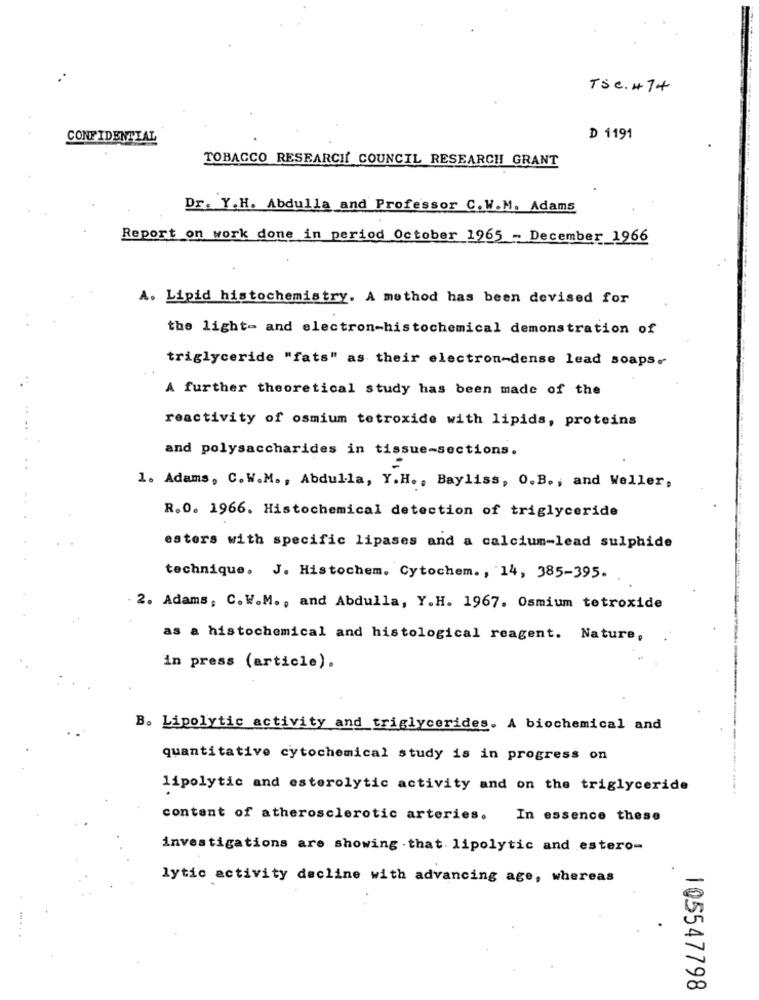
TSC. 47+
CONFIDENTIAL
D 1191
TOBACCO RESEARCH COUNCIL RESEARCH GRANT
Dr. Y.H. Abdulla and Professor C.W.M. Adams
Report on work done in period October 1965 - December 1966
A. Lipid histochemistry. A method has been devised for
the light- and electron-histochemical demonstration of
triglyceride "fats" as their electron-dense lead soaps.
A further theoretical study has been made of the
reactivity of osmium tetroxide with lipids, proteins
and polysaccharides in tissue-sections.
1. Adams, C.W.M ., Abdulla, Y.H ., Bayliss, O. B ., and Weller,
R.O. 1966. Histochemical detection of triglyceride
esters with specific lipases and a calcium-lead sulphide
technique, J. Histochem. Cytochem. , 14, 385-395.
- 2. Adams, C.W.M ., and Abdulla, Y.H. 1967. Osmium tetroxide
as a histochemical and histological reagent. Nature,
in press (article).
B. Lipolytic activity and triglycerides. A biochemical and
quantitative cytochemical study is in progress on
lipolytic and esterolytic activity and on the triglyceride
content of atherosclerotic arteries. In essence these
investigations are showing . that. lipolytic and estero-
lytic activity decline with advancing age, whereas
105547798